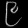
Digit: ၉